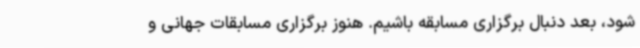
شود، بعد دنبال برگزاری مسابقه باشیم. هنوز برگزاری مسابقات جهانی و